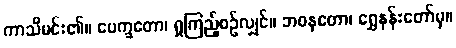
ကာသိမင်း၏။ ပေက္ခတော၊ ရှုကြည့်စဉ်လျှင်။ ဘဝနတော၊ ရွှေနန်းတော်မှ။